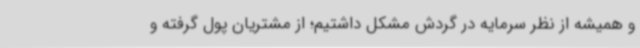
و همیشه از نظر سرمایه در گردش مشکل داشتیم؛ از مشتریان پول گرفته و